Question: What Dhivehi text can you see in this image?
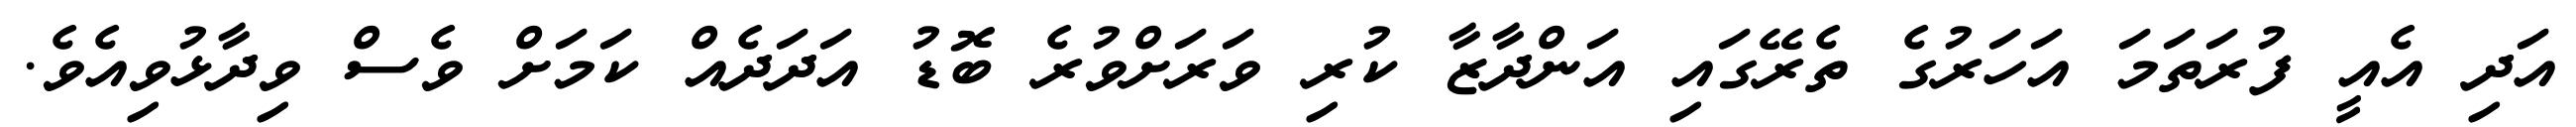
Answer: އަދި އެއީ ފުރަތަމަ އަހަރުގެ ތެރޭގައި އަންދާޒާ ކުރި ވަރަށްވުރެ ބޮޑު އަދަދެއް ކަމަށް ވެސް ވިދާޅުވިއެވެ.